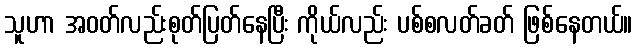
သူဟာ အဝတ်လည်းစုတ်ပြတ်နေပြီး ကိုယ်လည်း ပစ်စလတ်ခတ် ဖြစ်နေတယ်။